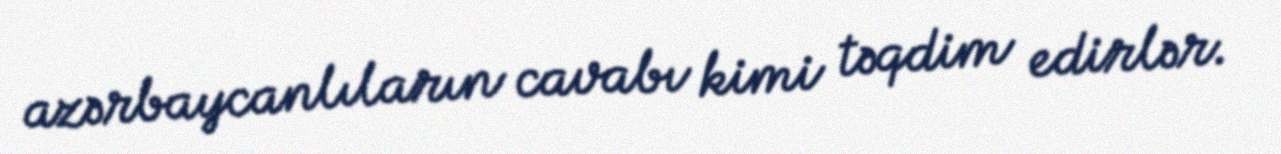
azərbaycanlıların cavabı kimi təqdim edirlər.